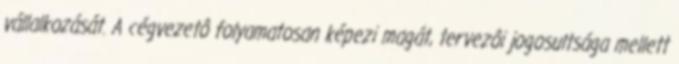
vállalkozását. A cégvezetô folyamatosan képezi magát, tervezôi jogosultsága mellett